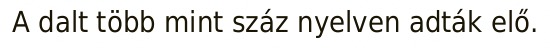
A dalt több mint száz nyelven adták elő.